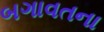
બગાવતના